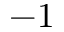
- 1